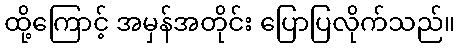
ထို့ကြောင့် အမှန်အတိုင်း ပြောပြလိုက်သည်။